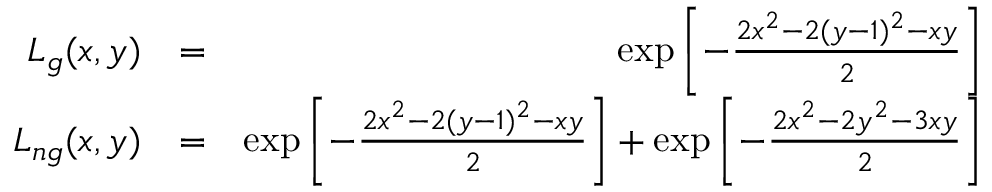
\begin{array} { r l r } { { \cal L } _ { g } ( x , y ) } & { = } & { \exp \left[ - \frac { 2 x ^ { 2 } - 2 ( y - 1 ) ^ { 2 } - x y } { 2 } \right] } \\ { { \cal L } _ { n g } ( x , y ) } & { = } & { \exp \left[ - \frac { 2 x ^ { 2 } - 2 ( y - 1 ) ^ { 2 } - x y } { 2 } \right] + \exp \left[ - \frac { 2 x ^ { 2 } - 2 y ^ { 2 } - 3 x y } { 2 } \right] } \end{array}